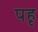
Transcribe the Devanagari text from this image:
पहृ